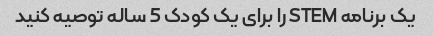
یک برنامه STEM را برای یک کودک 5 ساله توصیه کنید